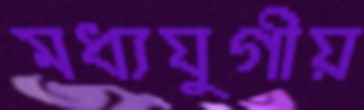
মধ্যযুগীয়